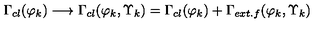
\Gamma _ { c l } ( \varphi _ { k } ) \longrightarrow \Gamma _ { c l } ( \varphi _ { k } , \Upsilon _ { k } ) = \Gamma _ { c l } ( \varphi _ { k } ) + \Gamma _ { e x t . f } ( \varphi _ { k } , \Upsilon _ { k } )